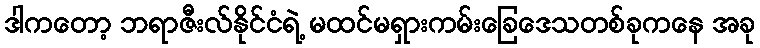
ဒါကတော့ ဘရာဇီးလ်နိုင်ငံရဲ့ မထင်မရှားကမ်းခြေဒေသတစ်ခုကနေ အခု